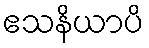
ဧသနိယာပိ